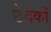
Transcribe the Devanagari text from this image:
छेदकों